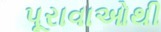
પૂરાવાઓથી